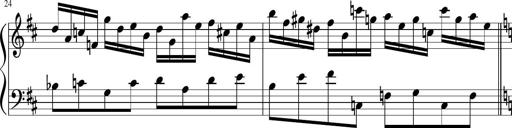
Title: Sonatina di Santa Gemma, JKB 12
Composer: Jason Baruk
Key: F major